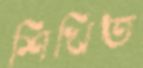
শিখিত